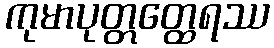
ကုမာပုတ္တတ္ထေရဿ